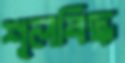
শূলবিদ্ধ